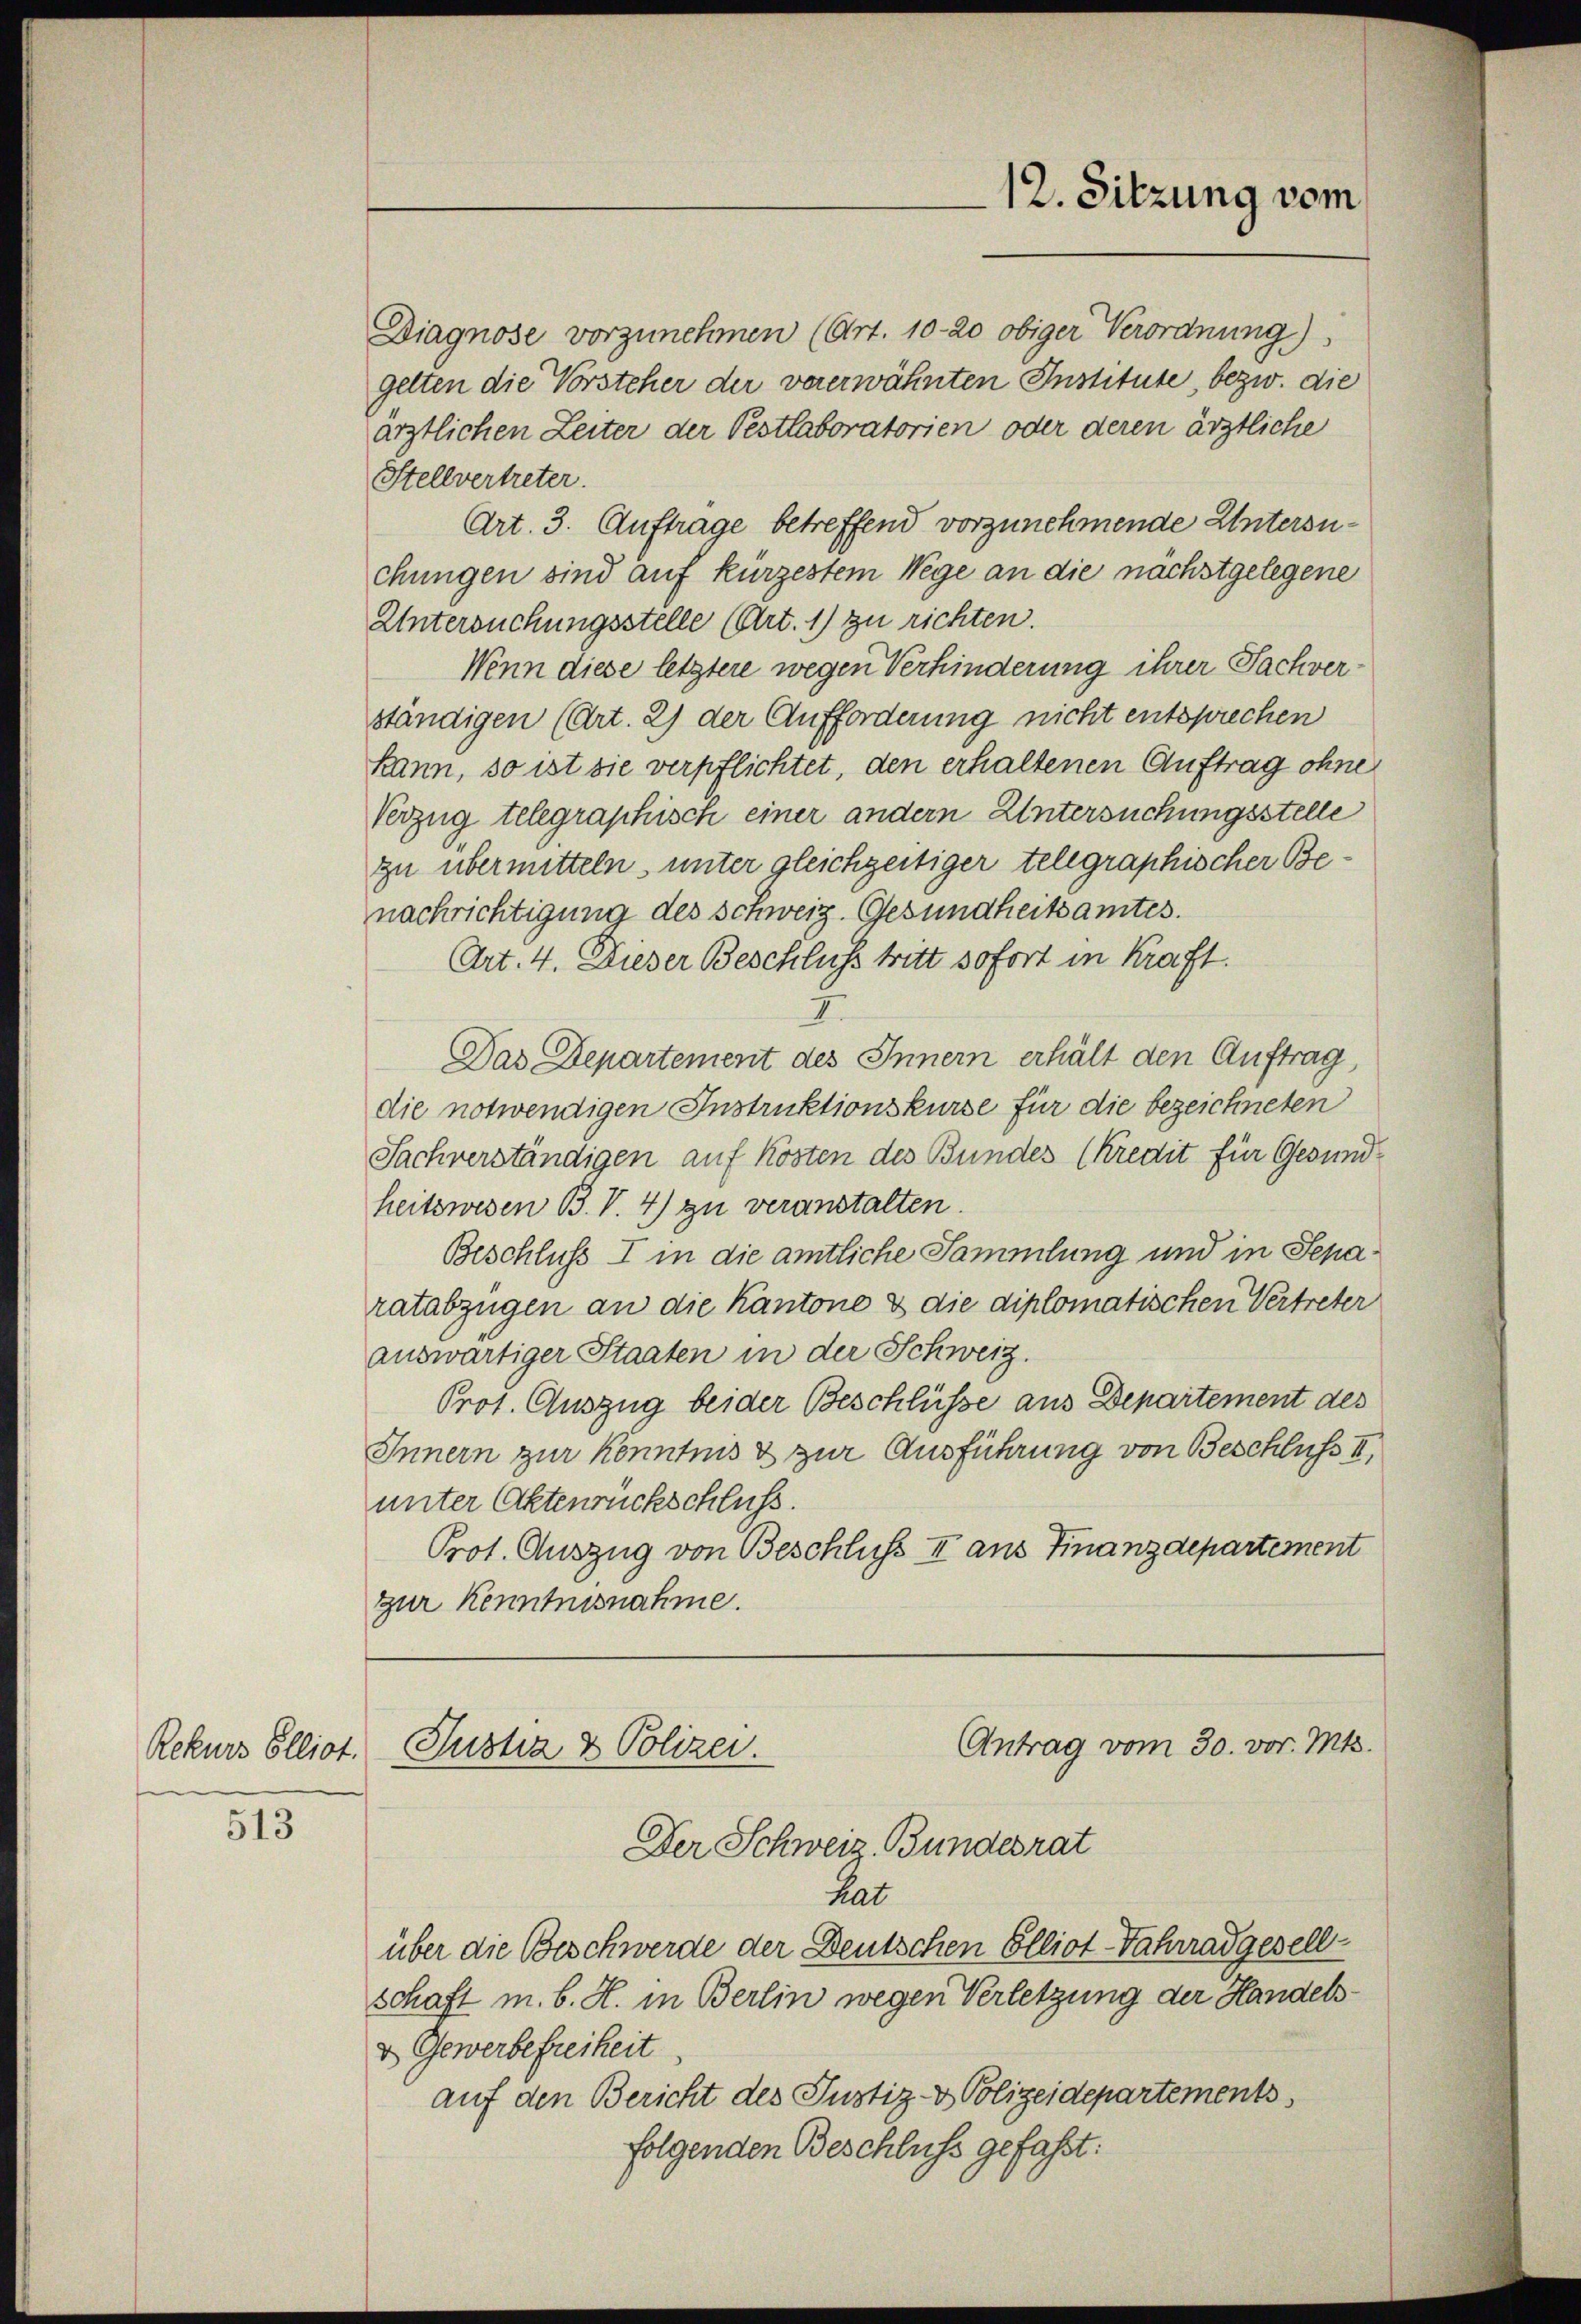
Rekurs Elliot.

513

Diagnose vorzunehmen (Art. 10-20 obiger Verordnung)
gelten die Vorsteher der vorerwähnten Institute, bezw. die
ärztlichen Leiter der Pestlaboratorien oder deren ärztliche
Stellvertreter.
Art. 3. Auftrage betreffend vorzunehmende Untersuchungen sind auf kurzestem Wege an die nächstgelegene
Untersuchungsstelle (Art. 1) zu richten.
Wenn diese letztere wegen Verhinderung ihrer Sachverständigen (Art. 2) der Aufforderung nicht entsprechen
kann, so ist sie verpflichtet, den erhaltenen Auftrag ohne
Verzug telegraphisch einer andern Untersuchungsstelle
zu übermitteln, unter gleichzeitiger telegraphischer Benachrichtigung des Schweiz. Gesundheitsamtes.
Art. 4. Dieser Beschluss tritt sofort in Kraft.
Das Departement des Innern erhält den Auftrag,
die notwendigen Instruktionskurse für die bezeichneten
Sachverständigen auf Kosten des Bundes (Kredit für Gesundheitswesen B. V. 4) zu veranstalten.
Beschluss I in die amtliche Sammlung und in Separatabzügen an die Kantone & die diplomatischen Vertreter
auswärtiger Staaten in der Schweiz.
Prot. Auszug beider Beschlüsse aus Departement des
Innern zur Kenntnis & zur Ausführung von Beschluss II,
unter Aktenrückschluß.
Prot. Auszug von Beschluss II aus Finanzdepartement
zur Kenntnisnahme.

12. Sitzung vom

Antrag vom 30. vor. Mts.
Justiz & Polizei.
Der Schweiz. Bundesrat

hat
über die Beschwerde der Deutschen Elliot-Fahrrad gesell
schaft m. b. H. in Berlin wegen Verletzung der Handels¬
& Gewerbefreiheit
auf den Bericht des Justiz- & Polizeidepartements
folgenden Beschluss gefaßt: